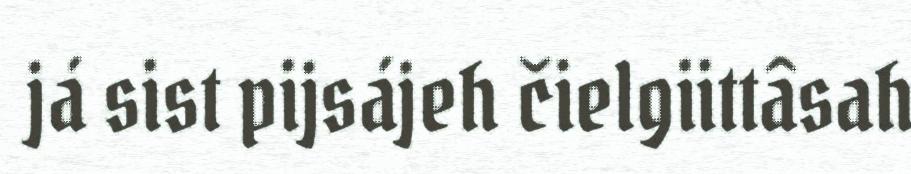
já sist pijsájeh čielgiittâsah